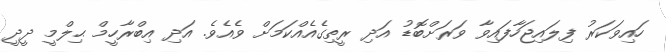
ހައިވަކަރު ފިލައިޖަހާފައިވާ ވަރަށްބޮޑު އަދި ރީތިގެއެއްކަމަށް ވެއެވެ. އަދި އިބްރާހީމް ޙިލްމީ ދީދީ